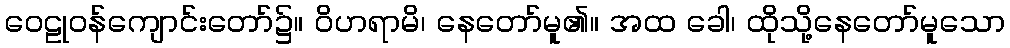
ဝေဠုဝန်ကျောင်းတော်၌။ ဝိဟရာမိ၊ နေတော်မူ၏။ အထ ခေါ၊ ထိုသို့နေတော်မူသော